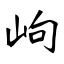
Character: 岣